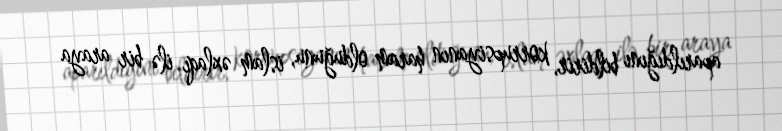
aparıldığını bildirir, korrupsiyanın haram olduğunu, islam əxlaqı ilə bir araya